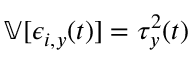
\mathbb V [ \epsilon _ { i , y } ( t ) ] = \tau _ { y } ^ { 2 } ( t )